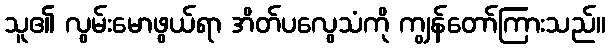
သူ၏ လွမ်းမောဖွယ်ရာ အိတ်ပလွေသံကို ကျွန်တော်ကြားသည်။